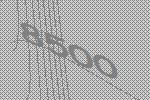
8500